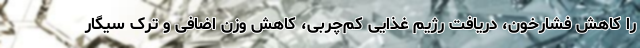
را کاهش فشارخون، دریافت رژیم غذایی کم‌چربی، کاهش وزن اضافی و ترک سیگار